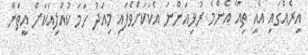
އިރެއްގައި އެއީ ތިއާ އެންމެ ރުޅިއަންނަ އެކަކަށްވެފައި މިއަދު ހަމަ ކުއްލިއަކަށް އީތަން